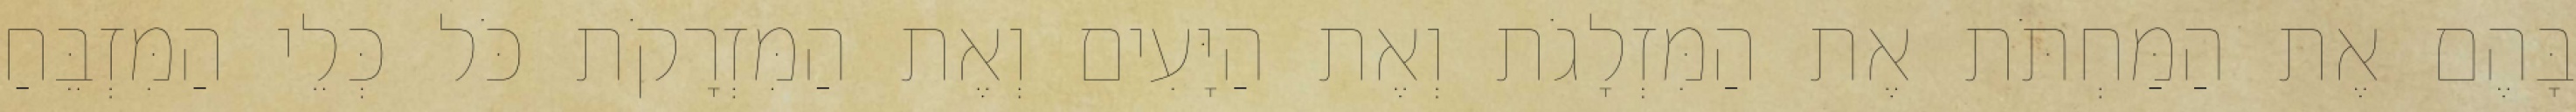
בָּהֶם אֶת הַמַּחְתֹּת אֶת הַמִּזְלָגֹת וְאֶת הַיָּעִים וְאֶת הַמִּזְרָקֹת כֹּל כְּלֵי הַמִּזְבֵּחַ